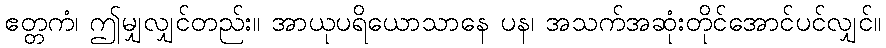
ဧတ္တကံ၊ ဤမျှလျှင်တည်း။ အာယုပရိယောသာနေ ပန၊ အသက်အဆုံးတိုင်အောင်ပင်လျှင်။